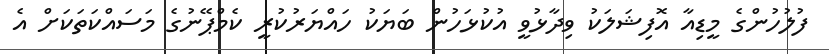
ފުލުހުންގެ މީޑިއާ އޮފިޝަލަކު ވިދާޅުވީ އުކުޅަހުން ބަޔަކު ހައްޔަރުކުރީ ކެމްޕޭނުގެ މަސައްކަތަކަށް އެ